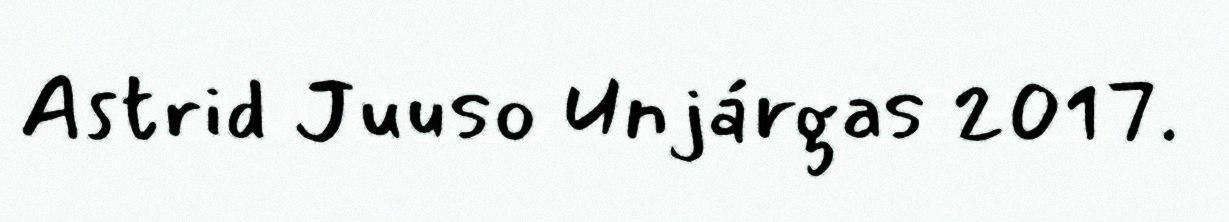
Astrid Juuso Unjárgas 2017.